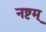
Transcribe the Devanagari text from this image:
नष्टम्